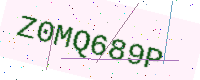
Text: Z0MQ689P